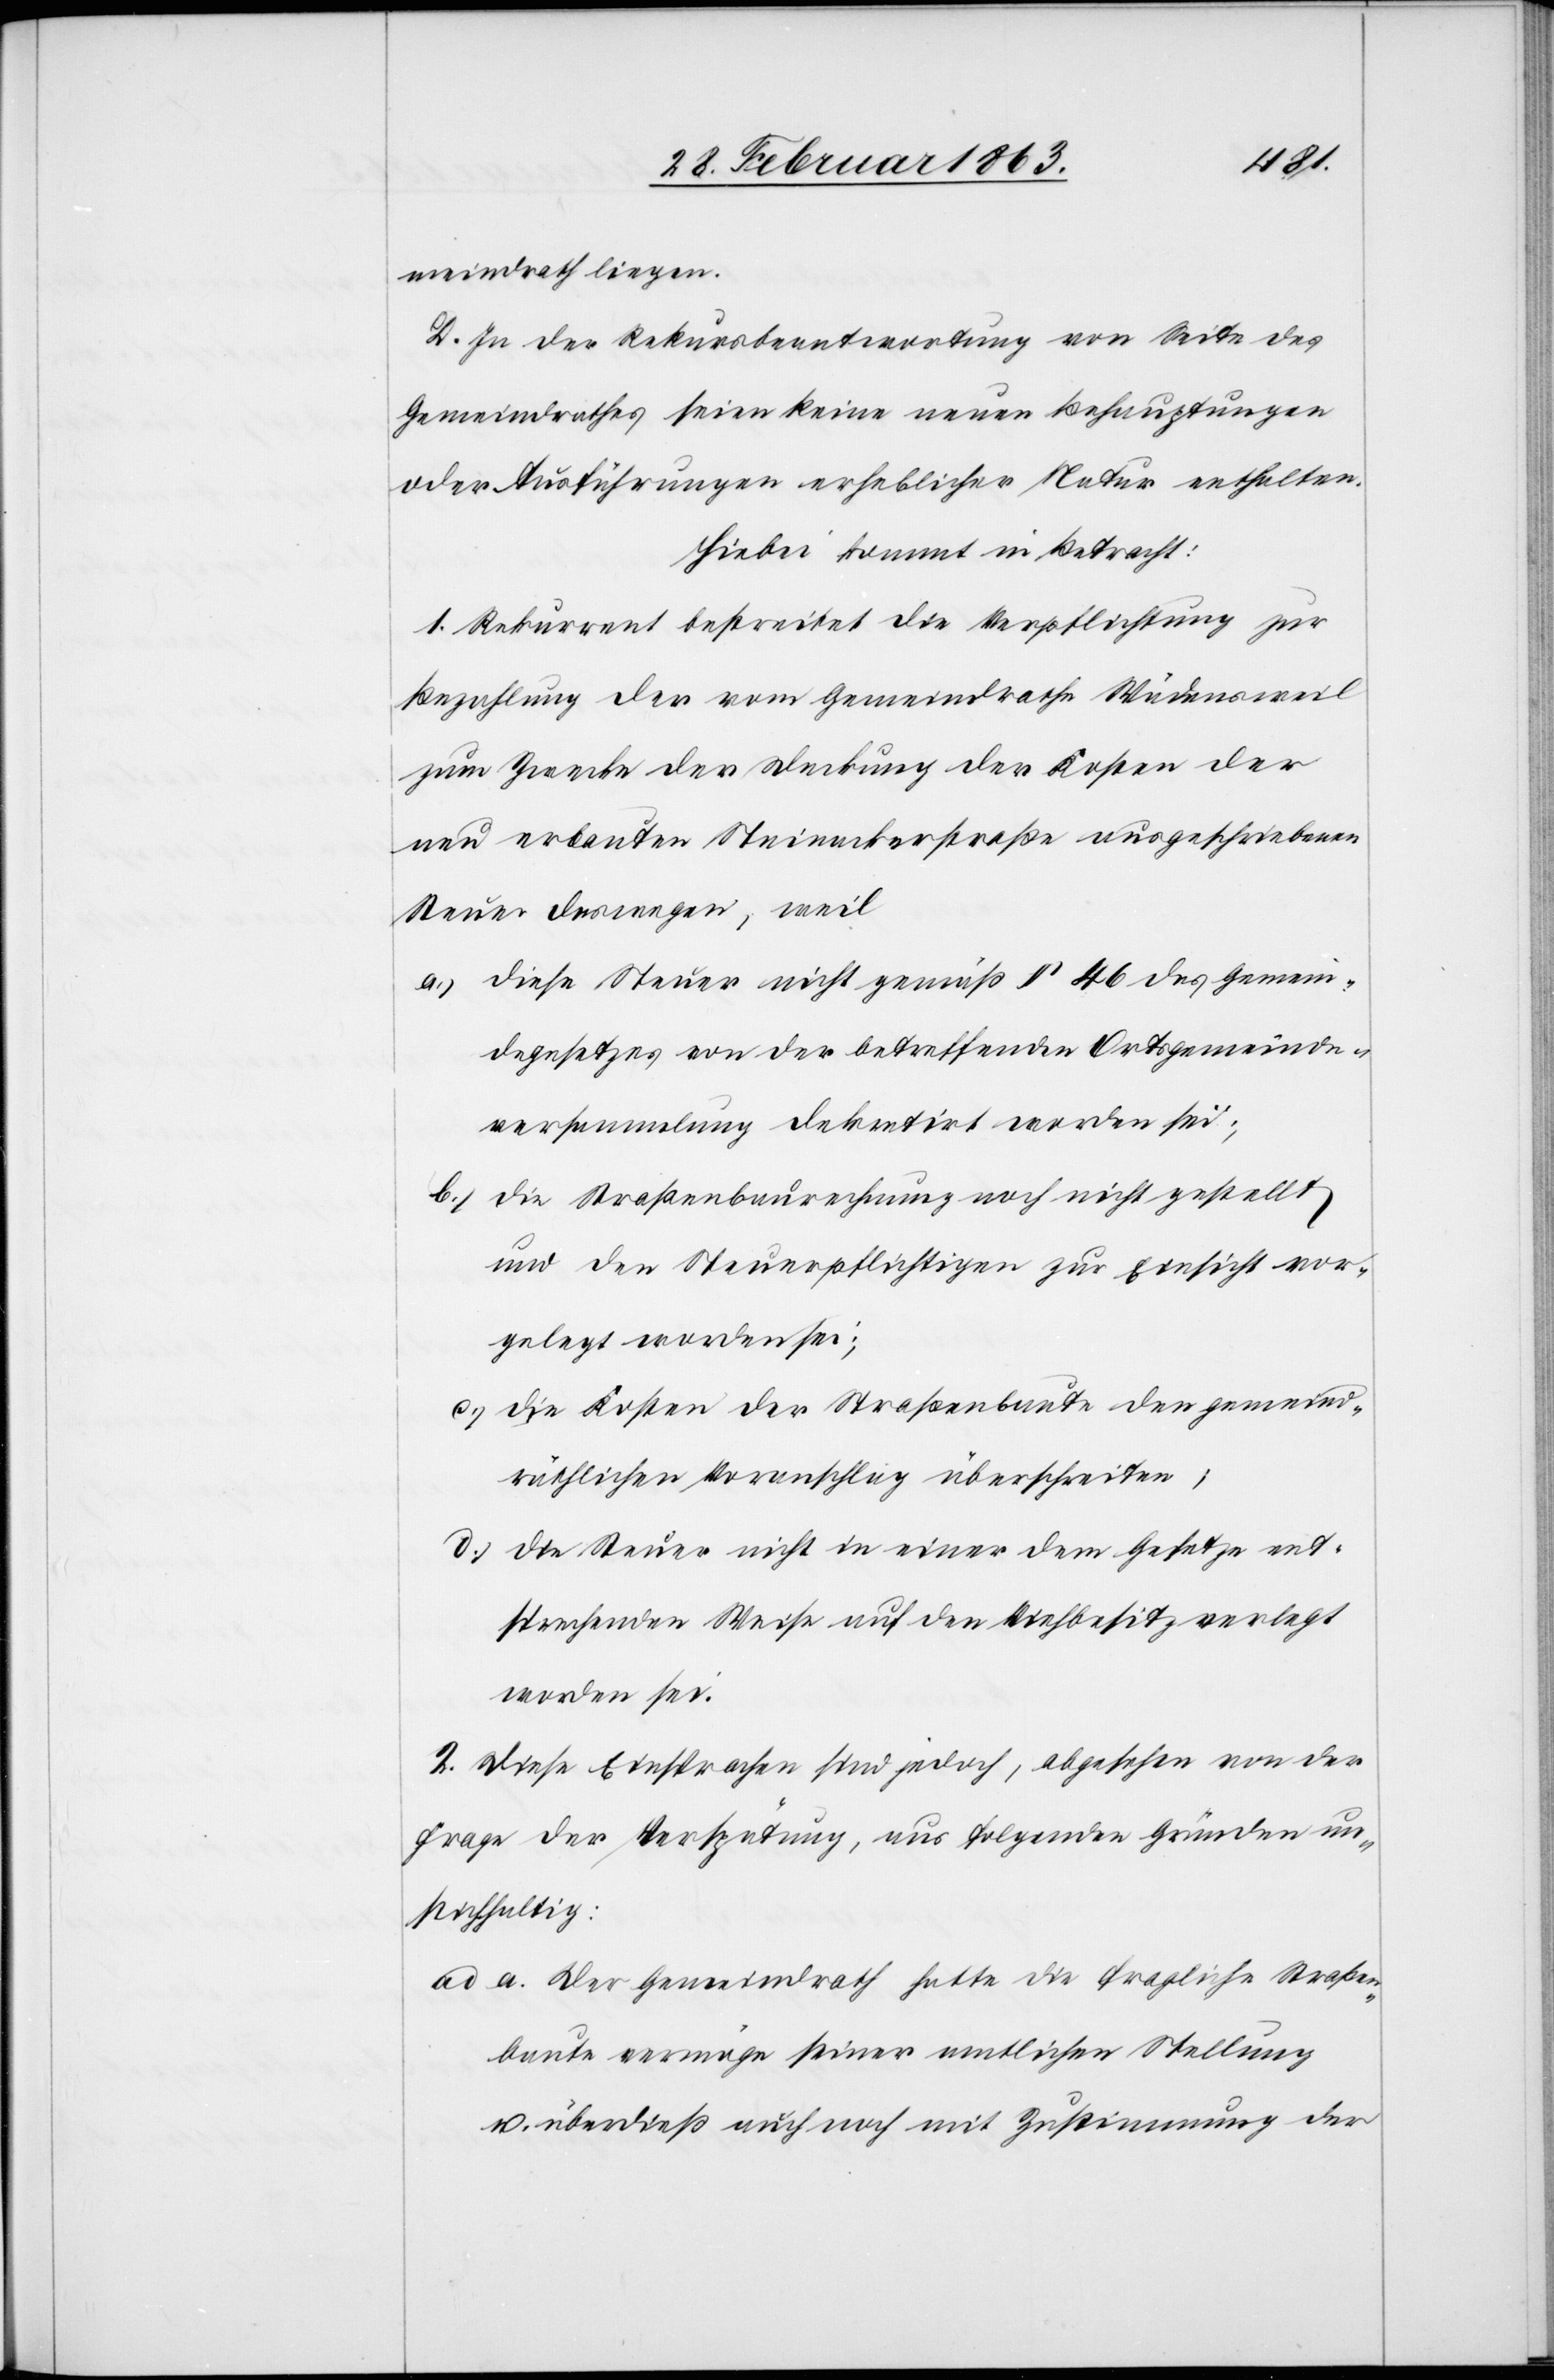
meindrath liegen.
D. In der Rekursbeantwortung von Seite des
Gemeindrathes seien keine neuen Behauptungen
oder Ausführungen erheblicher Natur enthalten.
Hiebei kommt in Betracht:
1. Rekurrent bestreitet die Verpflichtung zur
Bezahlung der vom Gemeindrathe Wädensweil
zum Zwecke der Deckung der Kosten der
neu erbauten Steinackerstraße ausgeschriebenen
Steuer deswegen, weil
a.) diese Steuer nicht gemäß § 46 des Gemein¬
degesetzes von der betreffenden Ortsgemeinde¬
versammlung dekretirt worden sei;
b.) die Straßenbaurechnung noch nicht gestellt
und den Steuerpflichtigen zur Einsicht vor¬
gelegt worden sei;
c.) die Kosten der Straßenbaute den gemeind¬
räthlichen Voranschlag überschreiten;
d.) die Steuer nicht in einer dem Gesetze ent¬
sprechenden Weise auf den Viehbesitz verlegt
worden sei.
2. Diese Einsprachen sind jedoch, abgesehen von der
Frage der Verspätung, aus folgenden Gründen un¬
stichhaltig:
ad a. Der Gemeindrath hatte die fragliche Straßen¬
baute vermöge seiner amtlichen Stellung
u. überdieß auch noch mit der Zustimmung der